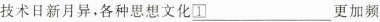
技术日新月异，各种思想文化 \underline{\boxed{1}}更加频